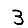
Digit: 3